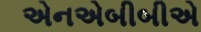
એનએબીબીએ